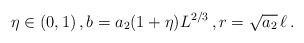
\begin{align*}\eta\in(0,1)\,,b=a_2(1+\eta)L^{2/3}\,,r=\sqrt{a_2}\,\ell\,.\end{align*}